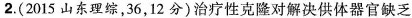
2.(2015山东理综，36，12分)治疗性克隆对解决供体器官缺乏